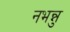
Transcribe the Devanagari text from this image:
नभन्नु